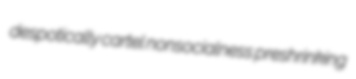
despotically cartel nonsocialness preshrinking